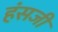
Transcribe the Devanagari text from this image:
हंसजी